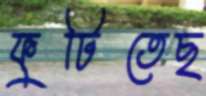
ফুটিতেছ